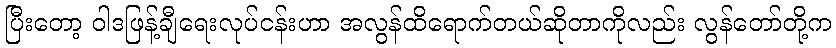
ပြီးတော့ ဝါဒဖြန့်ချီရေးလုပ်ငန်းဟာ အလွန်ထိရောက်တယ်ဆိုတာကိုလည်း လွန်တော်တို့က